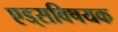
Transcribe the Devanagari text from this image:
एड्‌सविषयक